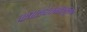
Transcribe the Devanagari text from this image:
चाधाराधेयभावमूलकं